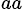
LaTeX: ^{aa}